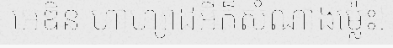
អេឌិន ហាហ្សាដអីក៏សំណាងម្ល៉េះ!